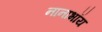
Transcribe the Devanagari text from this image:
नानाभॉय